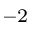
^ { - 2 }